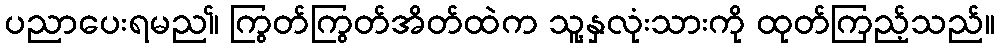
ပညာပေးရမည။် ကြွတ်ကြွတ်အိတ်ထဲက သူ့နှလုံးသားကို ထုတ်ကြည့်သည်။